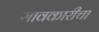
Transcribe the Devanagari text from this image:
सावकारीचा